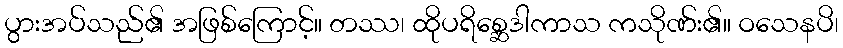
ပွားအပ်သည်၏ အဖြစ်ကြောင့်။ တဿ၊ ထိုပရိစ္ဆေဒါကာသ ကသိုဏ်း၏။ ဝသေနပိ၊